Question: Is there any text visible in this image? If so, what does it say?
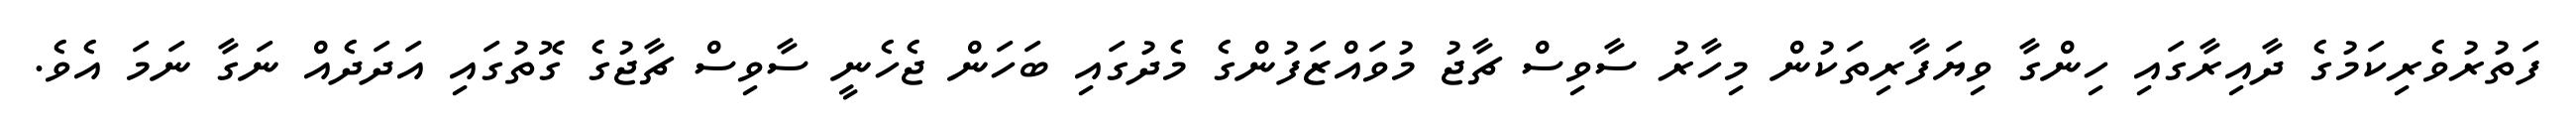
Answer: ފަތުރުވެރިކަމުގެ ދާއިރާގައި ހިންގާ ވިޔަފާރިތަކުން މިހާރު ސާވިސް ޗާޖު މުވައްޒަފުންގެ މެދުގައި ބަހަން ޖެހެނީ ސާވިސް ޗާޖުގެ ގޮތުގައި އަދަދެއް ނަގާ ނަމަ އެވެ.